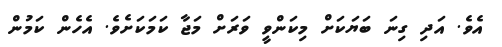
އެވެ. އަދި ގިނަ ބަޔަކަށް މިކަންވީ ވަރަށް މަޖާ ކަމަކަށެވެ. އެހެން ކަމުން